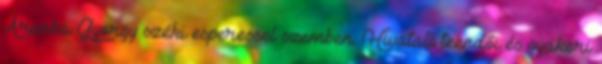
Aranka György széki esperessel szemben. Hivatali teendői és gyakori